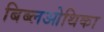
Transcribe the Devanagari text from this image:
बिब्लओथिका